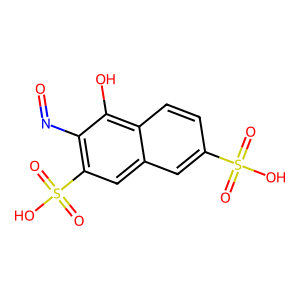
SMILES: O=Nc1c(S(=O)(=O)O)cc2cc(S(=O)(=O)O)ccc2c1O
Inhibits HIV replication: No